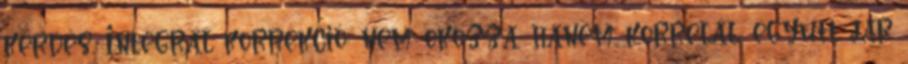
kérdés. Integrál korrekció: nem okozza, hanem korrelál, együtt jár